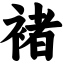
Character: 褚